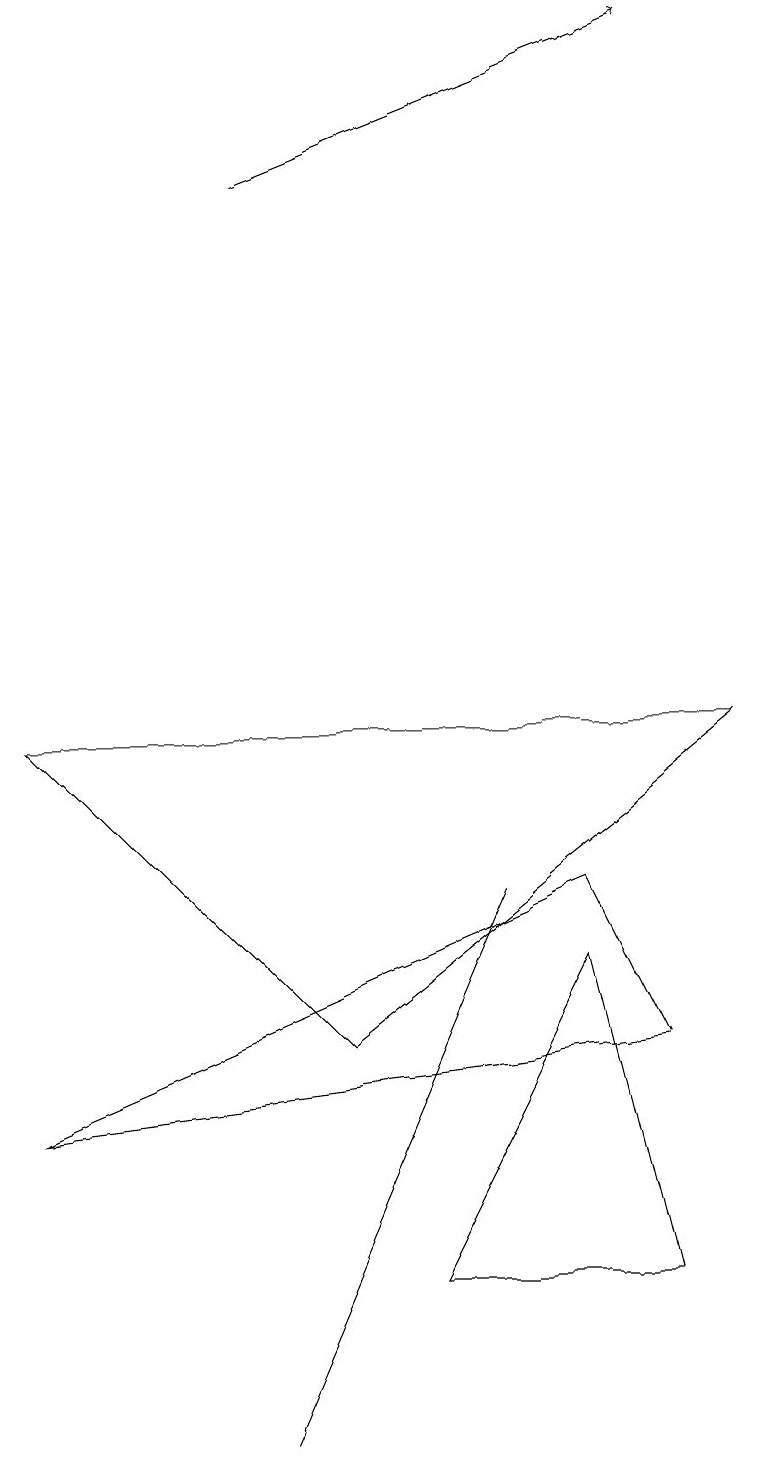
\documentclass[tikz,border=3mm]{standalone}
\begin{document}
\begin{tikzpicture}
\draw (9,9) -- (4,5) -- (0,9) -- cycle;
\draw[->] (3,16) -- (8,18);
\draw (5,2) -- (8,2) -- (7,6) -- cycle;
\draw (2,18) rectangle (2,18);
\draw (6,7) -- (3,0) -- (6,7) -- cycle;
\draw (0,4) -- (8,5) -- (7,7) -- cycle;
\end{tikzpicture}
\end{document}